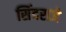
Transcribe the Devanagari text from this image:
सिंदराजे